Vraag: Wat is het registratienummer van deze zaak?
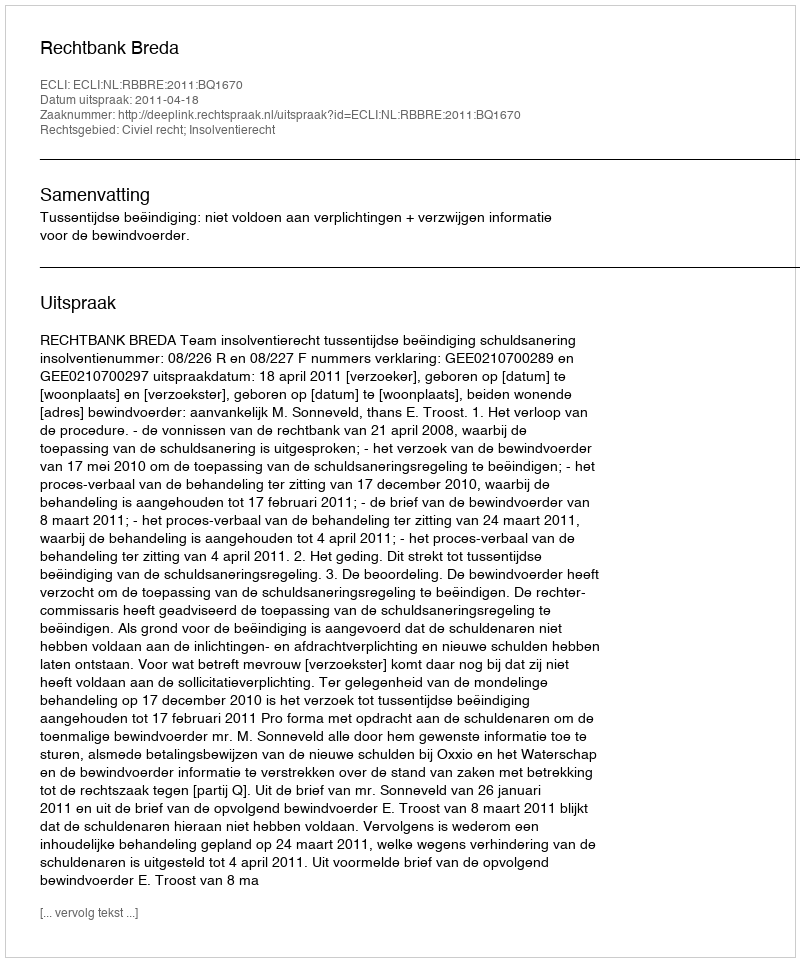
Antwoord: http://deeplink.rechtspraak.nl/uitspraak?id=ECLI:NL:RBBRE:2011:BQ1670